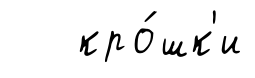
кро́шк'и